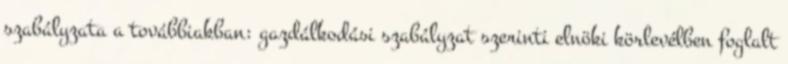
szabályzata a továbbiakban: gazdálkodási szabályzat szerinti elnöki körlevélben foglalt